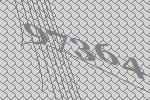
97364